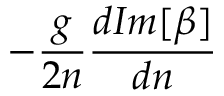
- \frac { g } { 2 n } \frac { d I m [ \beta ] } { d n }